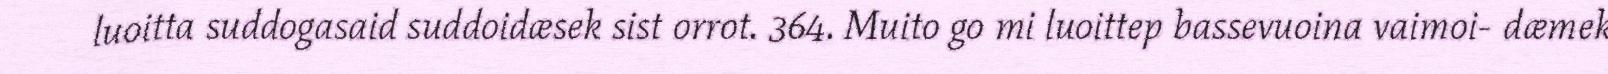
luoitta suddogasaid suddoidæsek sist orrot. 364. Muito go mi luoittep bassevuoina vaimoi- dæmek